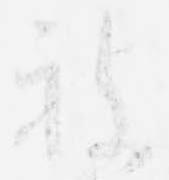
被